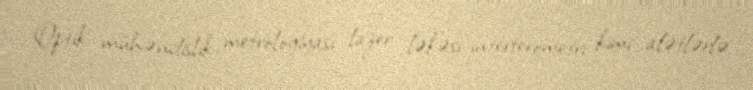
Optik mühəndislik metrologiyası lazer ləkəsi interferometri kimi alətlərlə